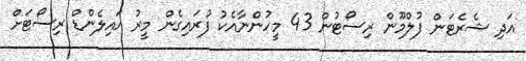
އަދި ޝެރެޓަން ފުލްމޫން ރިސޯޓުން 43 މީހުންނާއެކު ފުރައިގެން މީރު އައިލެންޑް ރިސޯޓަށް